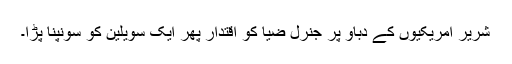
شریر امریکیوں کے دباؤ پر جنرل ضیا کو اقتدار پھر ایک سویلین کو سونپنا پڑا۔